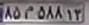
۸۵م۵۸۸۱۳